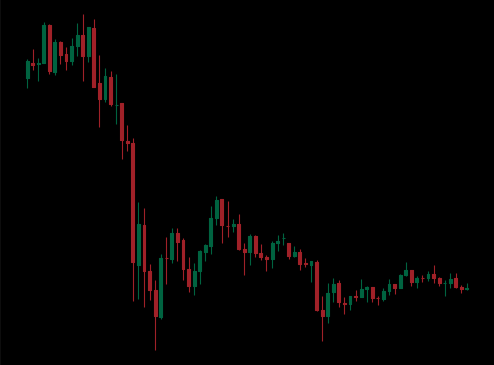
Pattern: unclassified